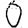
Digit: 0